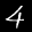
Label: 4